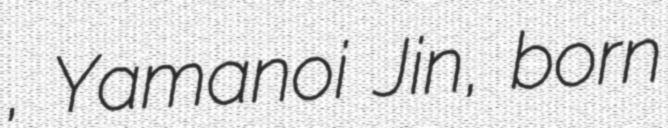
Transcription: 仁, Yamanoi Jin, born